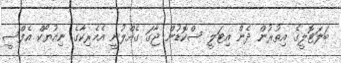
ބަލަޓޮލީގެ އިތުރުން ދެން އިޓަލީ ސްކޮޑުން ޖާގަ ގެއްލުނީ އެމެރިކާގެ ނިއުޔޯކް އެފްސީ